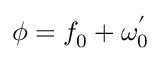
\phi = f _ { 0 } + \omega _ { 0 } ^ { ' }